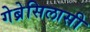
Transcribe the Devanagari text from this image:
गेब्रेसिलासी